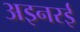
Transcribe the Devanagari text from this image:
अइनरई